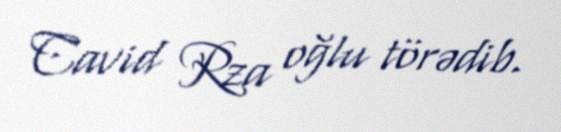
Cavid Rza oğlu törədib.